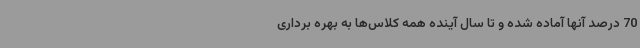
70 درصد آنها آماده شده و تا سال آینده همه کلاس‌ها به بهره برداری